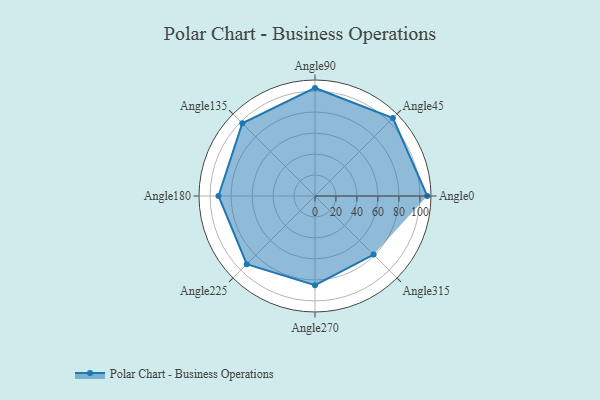
{"axis": {"x": "Angle", "y": "Radius"}, "legend": [""], "data": [{"x": "Angle0", "y": 107.0, "type": ""}, {"x": "Angle45", "y": 105.0, "type": ""}, {"x": "Angle90", "y": 103.0, "type": ""}, {"x": "Angle135", "y": 98.0, "type": ""}, {"x": "Angle180", "y": 92.0, "type": ""}, {"x": "Angle225", "y": 92.0, "type": ""}, {"x": "Angle270", "y": 85.0, "type": ""}, {"x": "Angle315", "y": 79.0, "type": ""}]}